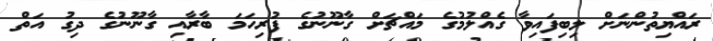
ރައްޔިތުންނަށް ލިބިފައިވާ ގެއްލުމުގެ މައްޗަށް ގާނޫނުގެ ފުރިހަމަ ބާރާއި ގާނޫނުގެ ދިގު އަތް